65_HS1-834228961_62-HQ-83894_Section_6
Agency: FBI
Page 5
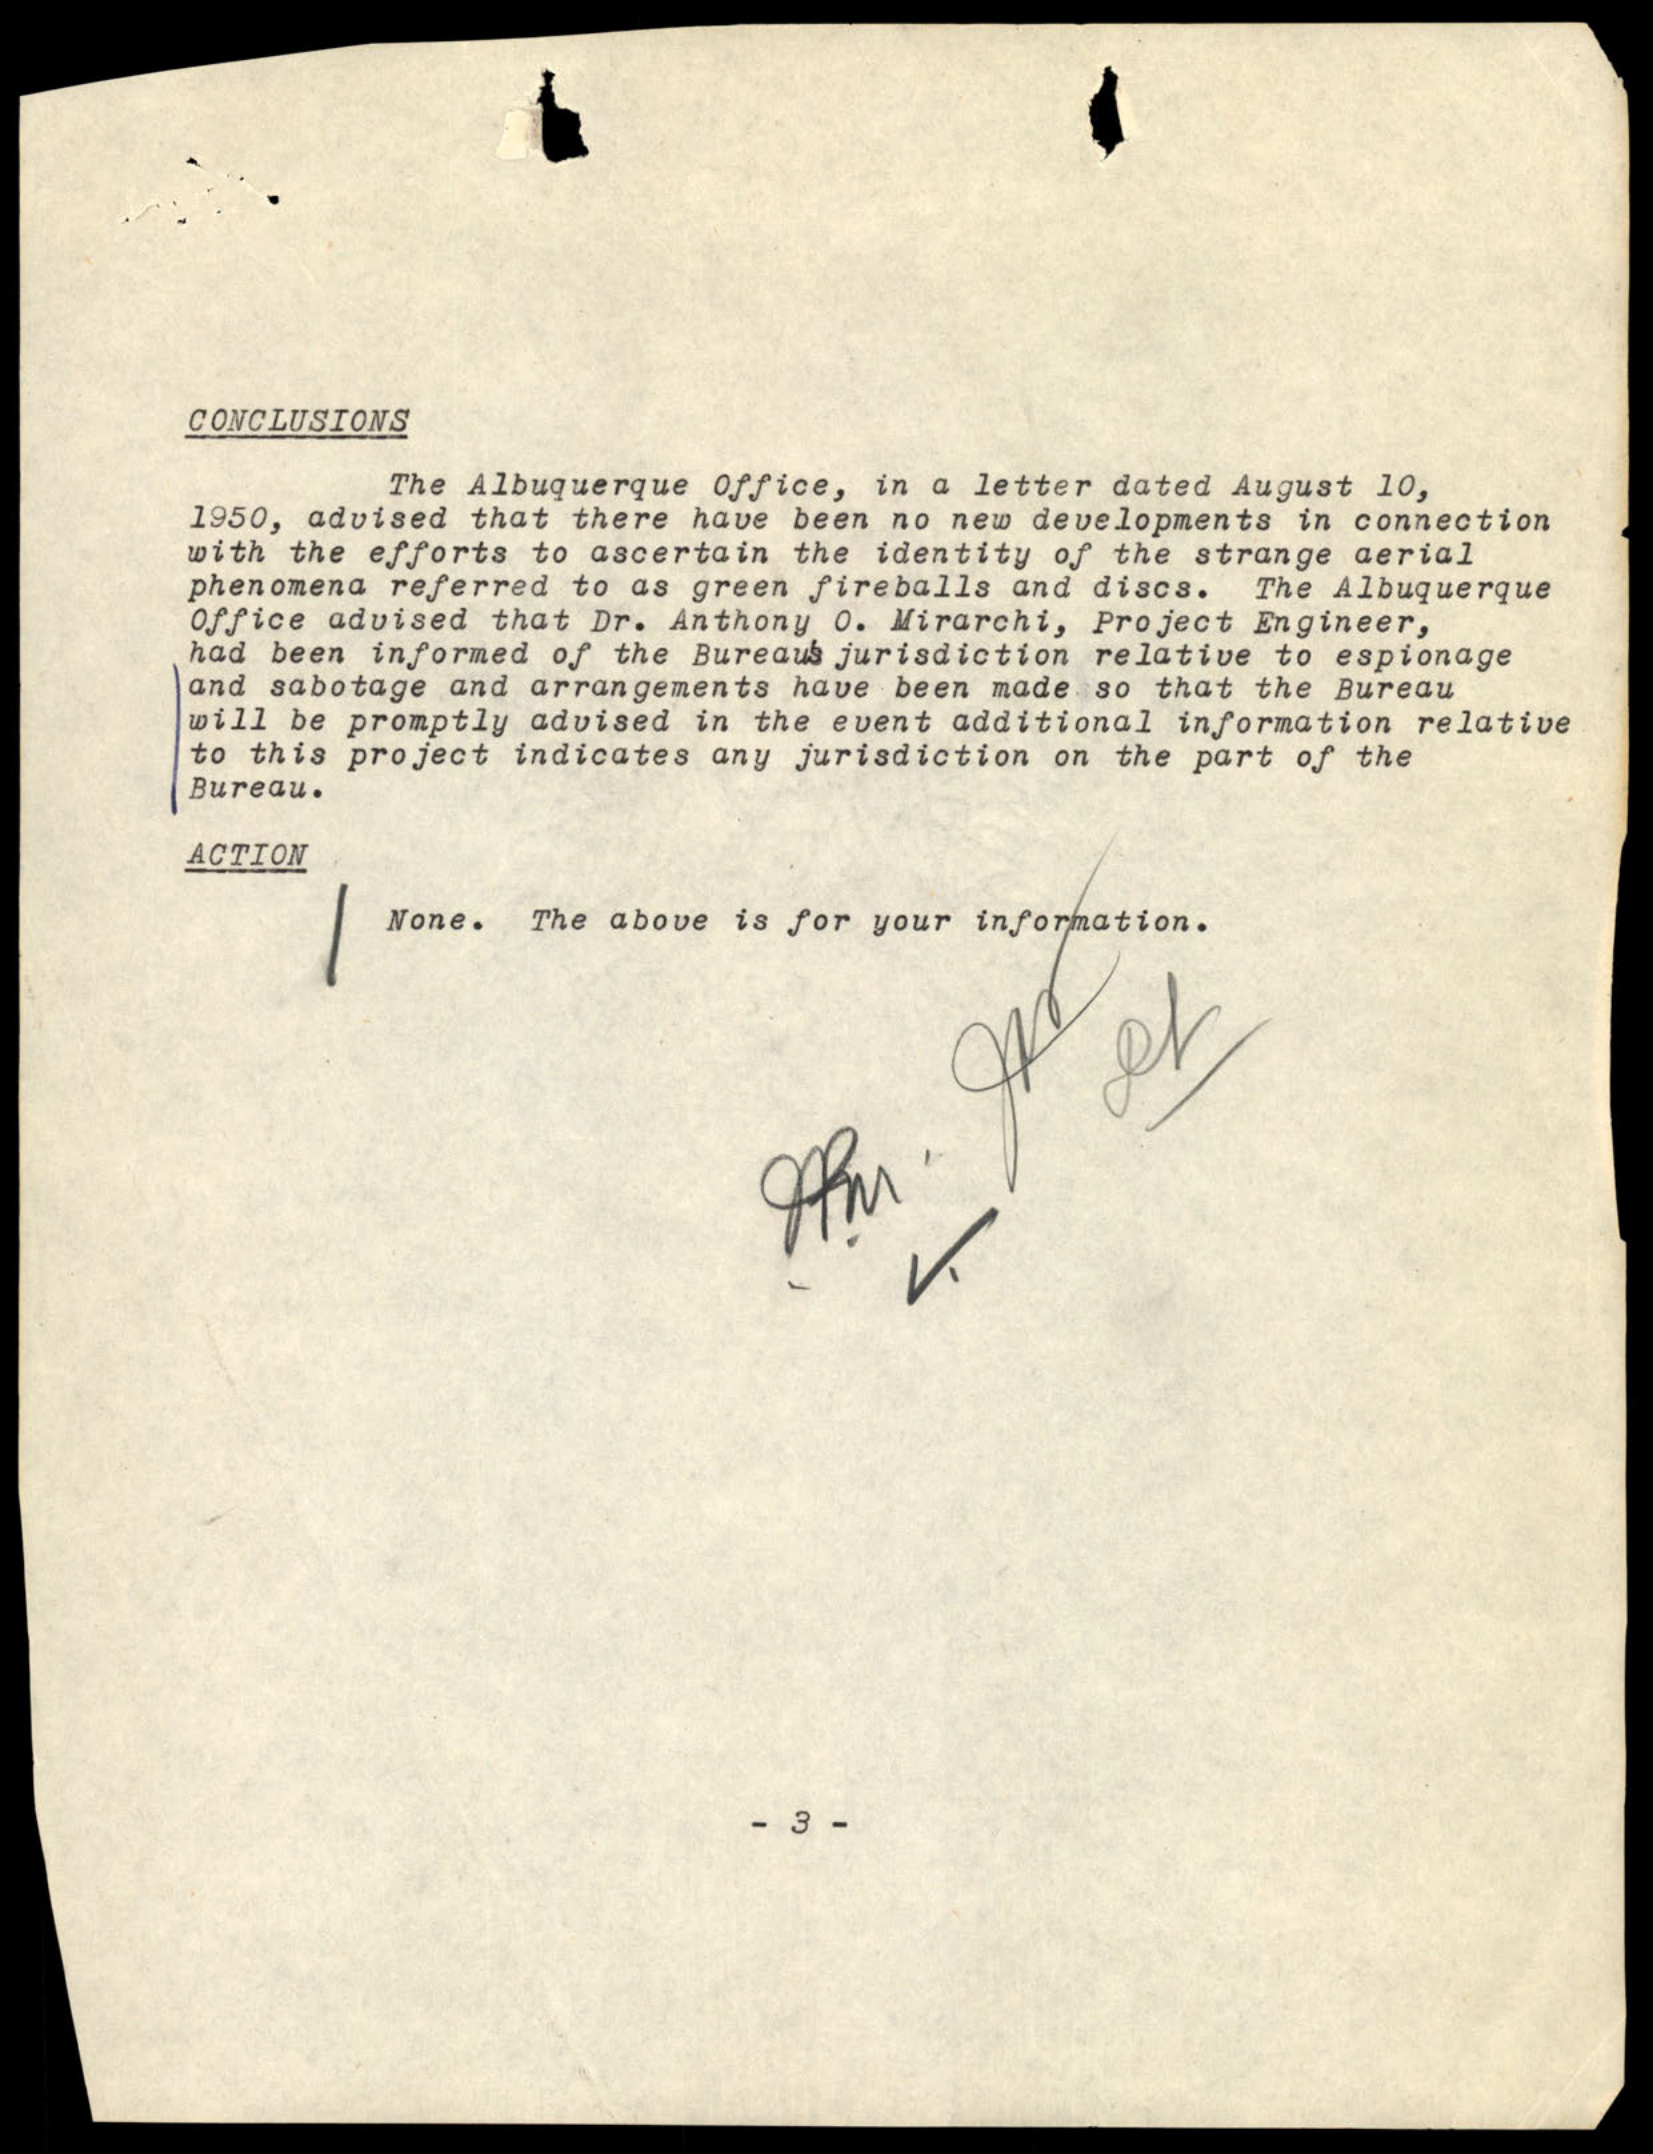